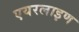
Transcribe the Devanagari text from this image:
एयरलाइण